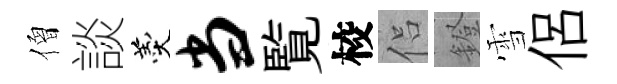
僧談羹当覧校侣鐙雪侶